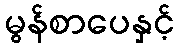
မွန်စာပေနှင့်